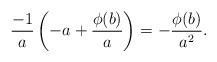
LaTeX: \begin{gather*}\frac{-1}{a}\left(-a+\frac{\phi(b)}{a} \right)=-\frac{\phi(b)}{a^{2}}.\end{gather*}